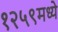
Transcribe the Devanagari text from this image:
१२५९मध्ये